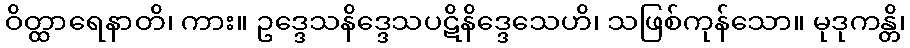
ဝိတ္ထာရေနာတိ၊ ကား။ ဥဒ္ဒေသနိဒ္ဒေသပဋိနိဒ္ဒေသေဟိ၊ သဖြစ်ကုန်သော။ မုဒုကန္တိ၊